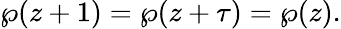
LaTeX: \wp(z+1)=\wp(z+\tau)=\wp(z).